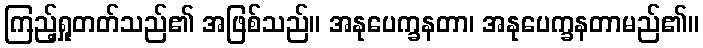
ကြည့်ရှုတတ်သည်၏ အဖြစ်သည်။ အနုပေက္ခနတာ၊ အနုပေက္ခနတာမည်၏။